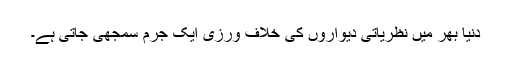
دنیا بھر میں نظریاتی دیواروں کی خلاف ورزی ایک جرم سمجھی جاتی ہے۔